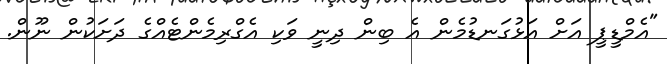
"އެމްޑީޕީ އަށް އަޅުގަނޑުމެން އެ ބިން ދިނީ ވަކި އެގްރިމެންޓެއްގެ ދަށަކުން ނޫން.